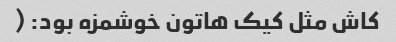
کاش مثل کیک هاتون خوشمزه بود: (